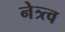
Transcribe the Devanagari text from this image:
नेत्र्त्व